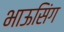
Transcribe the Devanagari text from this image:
भाऊसिंग